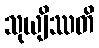
သုယျိဿတိ